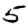
Digit: 5